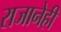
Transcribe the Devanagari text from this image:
राजानेही